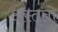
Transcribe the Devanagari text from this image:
अस्तृतो